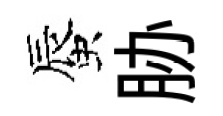
蜃胁